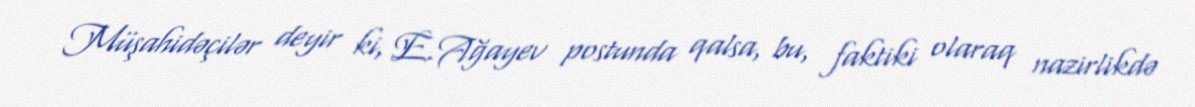
Müşahidəçilər deyir ki, E.Ağayev postunda qalsa, bu, faktiki olaraq nazirlikdə